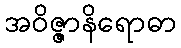
အဝိဇ္ဇာနိရောဓာ